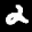
Label: 2